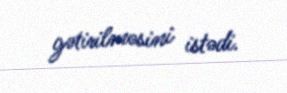
gətirilməsini istədi.